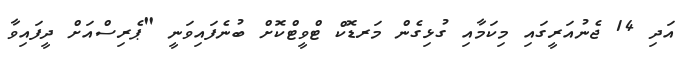
އަދި 14 ޖެނުއަރީގައި މިކަމާއި ގުޅިގެން މަރޑޮކް ޓްވީޓްކޮށް ބުނެފައިވަނީ "ޕެރިސްއަށް ދީފައިވާ